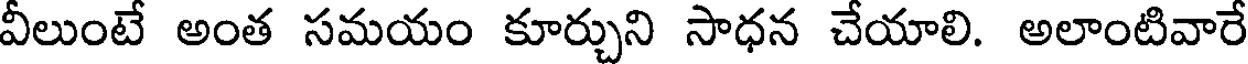
వీలుంటే అంత సమయం కూర్చుని సాధన చేయాలి. అలాంటివారే